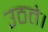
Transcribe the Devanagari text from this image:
उठते।